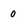
Character: 0